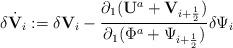
LaTeX: \begin{align*}\delta \dot{{\mathbf V}}_i:=\delta {\mathbf V}_i-\frac{\partial_1({\mathbf U}^a+{\mathbf V}_{i+\frac{1}{2}})}{\partial_1(\Phi^a+\Psi_{i+\frac{1}{2}})}\delta\Psi_i\end{align*}